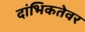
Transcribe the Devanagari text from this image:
दांभिकतेवर